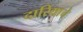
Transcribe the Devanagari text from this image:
दारिद्र्याचे